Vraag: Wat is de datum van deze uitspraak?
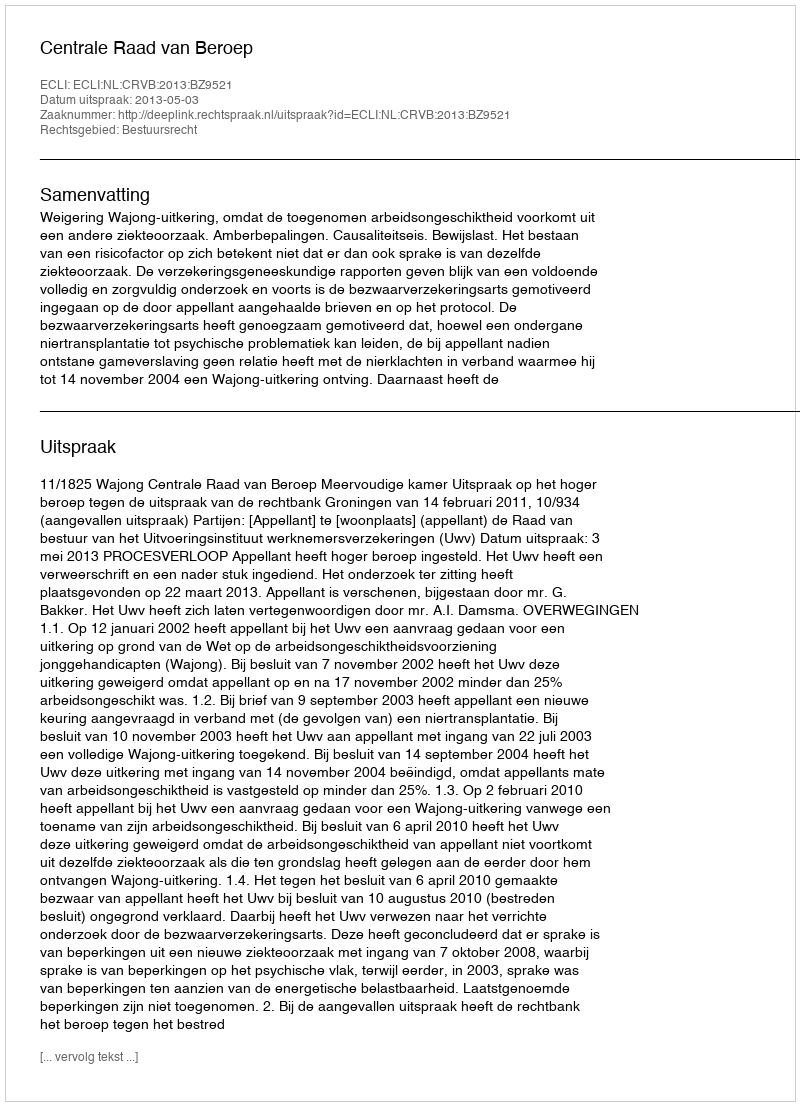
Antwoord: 2013-05-03